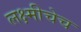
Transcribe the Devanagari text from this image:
लक्ष्मीचेच